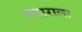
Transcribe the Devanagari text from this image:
सहाराला